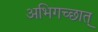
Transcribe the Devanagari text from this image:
अभिगच्छात्